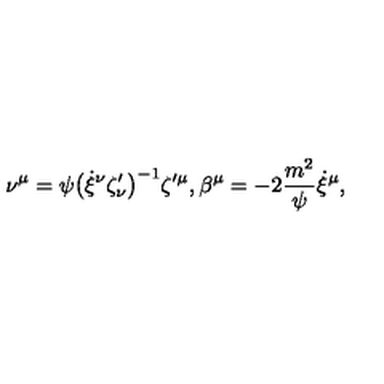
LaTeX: \nu ^ { \mu } = \psi \big ( \dot { \xi } { ^ \nu } \zeta _ { \nu } ^ { \prime } \big ) ^ { - 1 } \zeta { ^ { \prime \mu } } , \beta ^ { \mu } = - 2 { \frac { m ^ { 2 } } { \psi } } \dot { \xi } { ^ \mu } ,